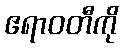
ဧရာဝတီကို